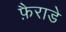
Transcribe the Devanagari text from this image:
फ़ैराडे